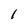
Character: l